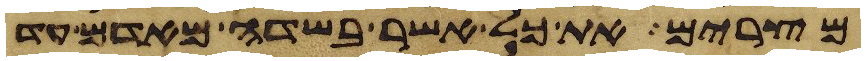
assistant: מצרים את כל אשר בשדה מאדם עד